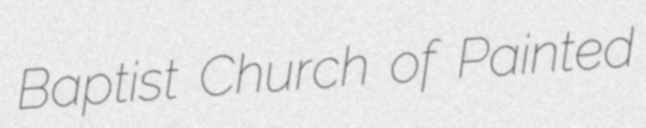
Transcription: Baptist Church of Painted